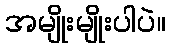
အမျိုးမျိုးပါပဲ။